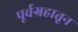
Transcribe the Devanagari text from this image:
पूर्वग्रहातून